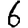
Digit: 6